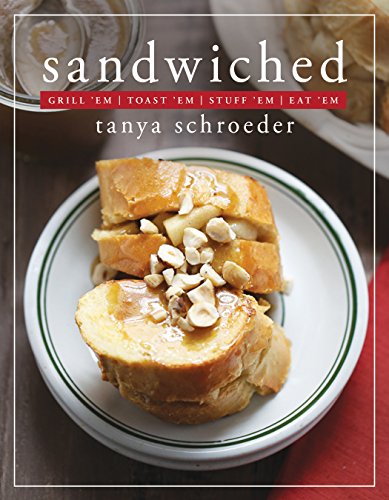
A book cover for Sandwiched: Grill 'Em, Toast 'Em, Stuff 'Em, Eat 'Em; Tanya Schroeder; Cookbooks, Food & Wine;